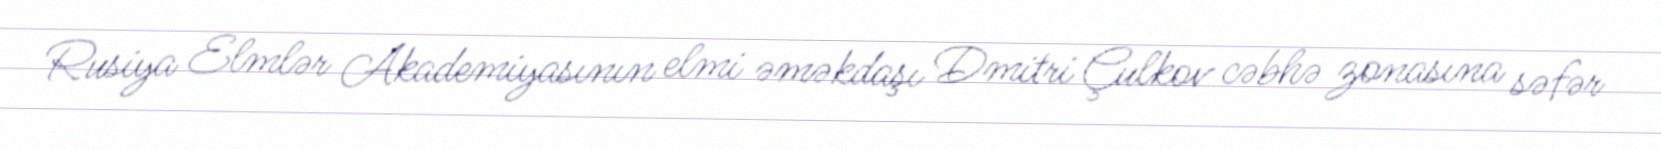
Rusiya Elmlər Akademiyasının elmi əməkdaşı Dmitri Çulkov cəbhə zonasına səfər